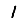
Digit: 1